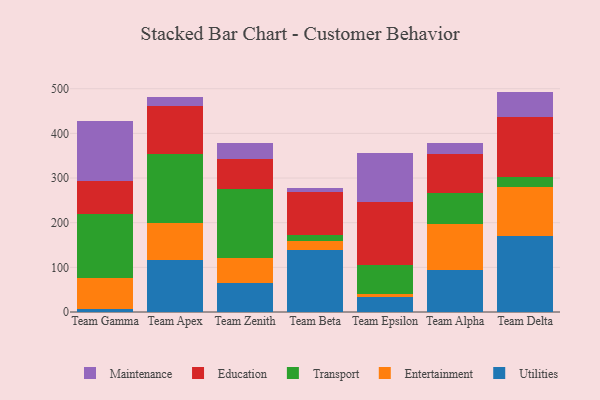
{"axis": {"x": "Team", "y": "Waste Production (Tons)"}, "legend": ["Education", "Entertainment", "Maintenance", "Transport", "Utilities"], "data": [{"x": "Team Gamma", "y": 6.6, "type": "Utilities"}, {"x": "Team Gamma", "y": 69.9, "type": "Entertainment"}, {"x": "Team Gamma", "y": 142.6, "type": "Transport"}, {"x": "Team Gamma", "y": 73.9, "type": "Education"}, {"x": "Team Gamma", "y": 135.3, "type": "Maintenance"}, {"x": "Team Apex", "y": 117.1, "type": "Utilities"}, {"x": "Team Apex", "y": 82.2, "type": "Entertainment"}, {"x": "Team Apex", "y": 155.5, "type": "Transport"}, {"x": "Team Apex", "y": 107.2, "type": "Education"}, {"x": "Team Apex", "y": 18.7, "type": "Maintenance"}, {"x": "Team Zenith", "y": 64.8, "type": "Utilities"}, {"x": "Team Zenith", "y": 56.4, "type": "Entertainment"}, {"x": "Team Zenith", "y": 153.2, "type": "Transport"}, {"x": "Team Zenith", "y": 68.0, "type": "Education"}, {"x": "Team Zenith", "y": 35.5, "type": "Maintenance"}, {"x": "Team Beta", "y": 137.9, "type": "Utilities"}, {"x": "Team Beta", "y": 20.3, "type": "Entertainment"}, {"x": "Team Beta", "y": 13.9, "type": "Transport"}, {"x": "Team Beta", "y": 96.1, "type": "Education"}, {"x": "Team Beta", "y": 8.9, "type": "Maintenance"}, {"x": "Team Epsilon", "y": 34.2, "type": "Utilities"}, {"x": "Team Epsilon", "y": 5.8, "type": "Entertainment"}, {"x": "Team Epsilon", "y": 64.7, "type": "Transport"}, {"x": "Team Epsilon", "y": 140.7, "type": "Education"}, {"x": "Team Epsilon", "y": 110.7, "type": "Maintenance"}, {"x": "Team Alpha", "y": 94.3, "type": "Utilities"}, {"x": "Team Alpha", "y": 103.9, "type": "Entertainment"}, {"x": "Team Alpha", "y": 69.0, "type": "Transport"}, {"x": "Team Alpha", "y": 86.8, "type": "Education"}, {"x": "Team Alpha", "y": 25.5, "type": "Maintenance"}, {"x": "Team Delta", "y": 169.5, "type": "Utilities"}, {"x": "Team Delta", "y": 111.4, "type": "Entertainment"}, {"x": "Team Delta", "y": 21.4, "type": "Transport"}, {"x": "Team Delta", "y": 133.9, "type": "Education"}, {"x": "Team Delta", "y": 57.4, "type": "Maintenance"}]}